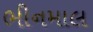
ભીનમાલ